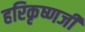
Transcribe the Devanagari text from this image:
हरिकृष्णजी